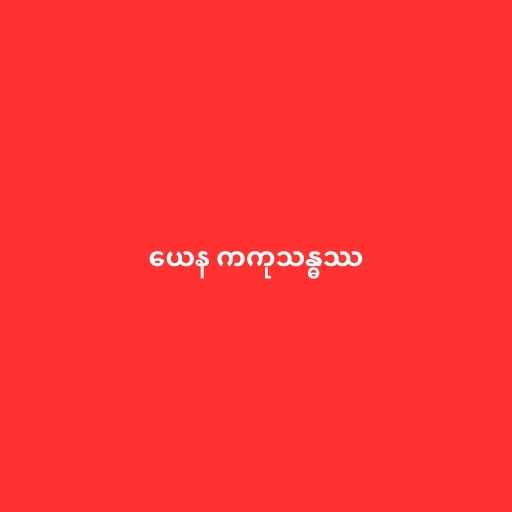
ယေန ကကုသန္ဓဿ